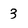
Character: 3